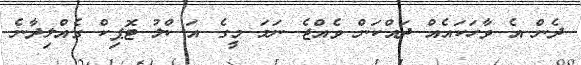
ދެން އެ ވާހަކައެއް ދައްކަން ވެއްޖެ ނަމަ މީގެ އަސްލު ޓޮޕިކް ގެއްލިދާނެ